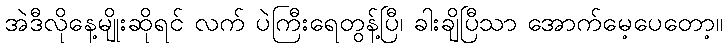
အဲဒီလိုနေ့မျိုးဆိုရင် လက် ပဲကြီးရေတွန့်ပြီ၊ ခါးချိပြီသာ အောက်မေ့ပေတော့။